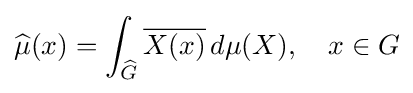
{\widehat {\mu }}(x)=\int _{\widehat {G}}{\overline {X(x)}}\,d\mu (X),\quad x\in G